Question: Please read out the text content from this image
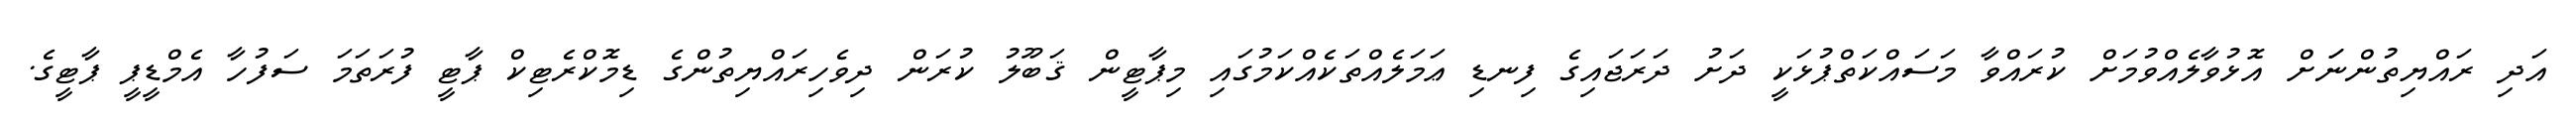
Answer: އަދި ރައްޔިތުންނަަށް އޮޅުވާލެއްވުމަށް ކުރައްވާ މަސައްކަތްޕުޅަކީ ދަށު ދަރަޖައިގެ ފިނޑި ޢަމަލެއްތަކެއްކަމުގައި މިޕާޓީން ޤަބޫލު ކުރަން ދިވެހިރައްޔިތުންގެ ޑިމޮކްރެޓިކް ޕާޓީ ފުރަތަމަ ސަފުހާ އެމްޑީޕީ ޕާޓީގެ.